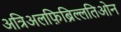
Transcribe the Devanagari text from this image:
अत्रिअलफ़िब्रिल्लतिओन